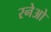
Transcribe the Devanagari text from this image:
रनेओ